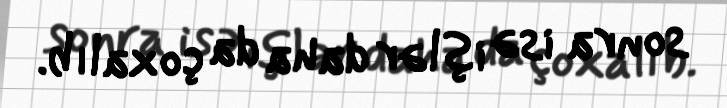
sonra isə işlər daha da çoxalıb.